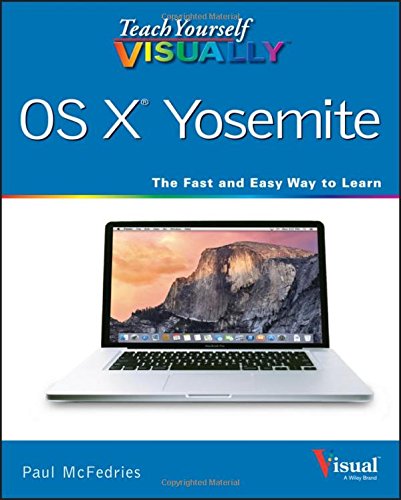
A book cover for Teach Yourself VISUALLY OS X Yosemite (Teach Yourself VISUALLY (Tech)); Paul McFedries; Computers & Technology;